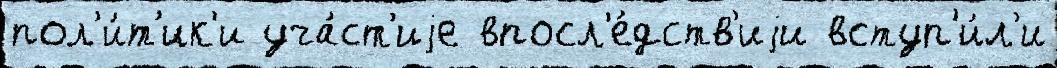
пол'и́т'ик'и уча́ст'иjе впосл'е́дств'иjи вступ'и́л'и